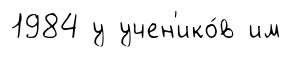
1984 у учен'ико́в им